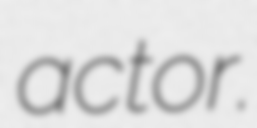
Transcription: actor.